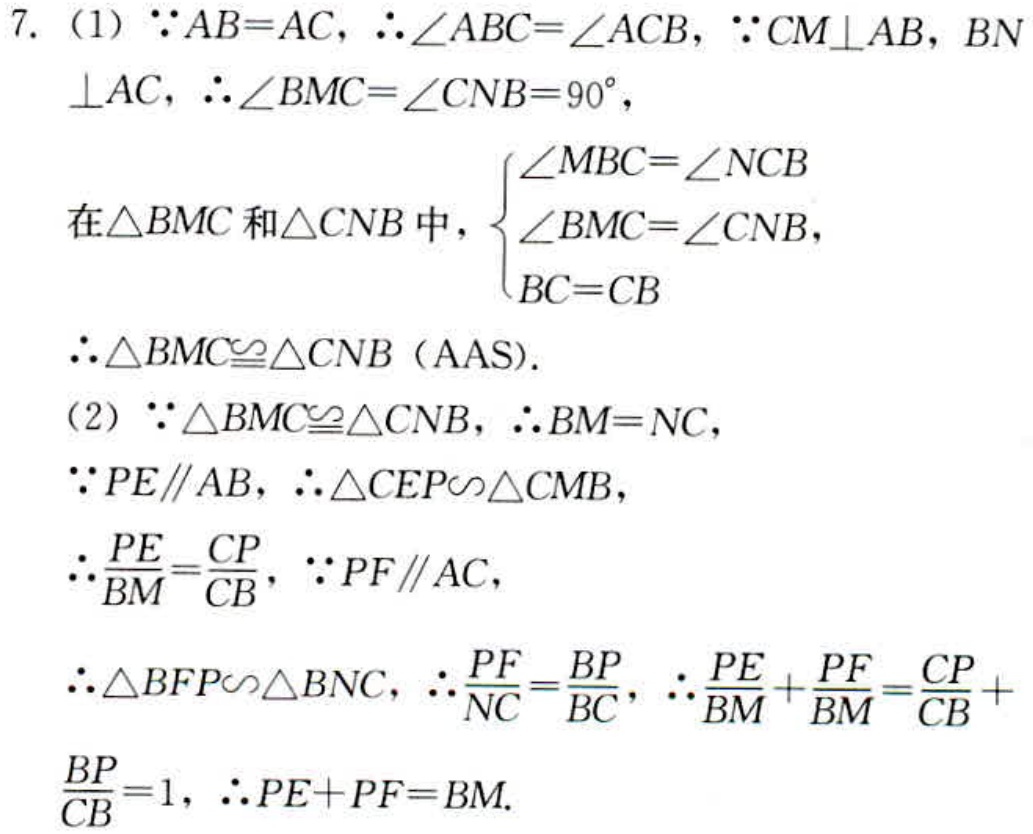
7. (1) \(\because AB = AC\), \(\therefore\angle ABC=\angle ACB\), \(\because CM\perp AB\), \(BN\perp AC\), \(\therefore\angle BMC=\angle CNB = 90^{\circ}\),
在\(\triangle BMC\)和\(\triangle CNB\)中, \(\begin{cases}\angle MBC=\angle NCB\\\angle BMC=\angle CNB\\BC = CB\end{cases}\)
\(\therefore\triangle BMC\cong\triangle CNB\) (AAS).
(2) \(\because\triangle BMC\cong\triangle CNB\), \(\therefore BM = NC\),
\(\because PE\parallel AB\), \(\therefore\triangle CEP\sim\triangle CMB\),
\(\therefore\frac{PE}{BM}=\frac{CP}{CB}\), \(\because PF\parallel AC\),
\(\therefore\triangle BFP\sim\triangle BNC\), \(\therefore\frac{PF}{NC}=\frac{BP}{BC}\), \(\therefore\frac{PE}{BM}+\frac{PF}{BM}=\frac{CP}{CB}+\frac{BP}{CB}=1\), \(\therefore PE + PF=BM\).